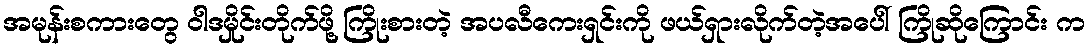
အမုန်းစကားတွေ ဝါဒမှိုင်းတိုက်ဖို့ ကြိုးစားတဲ့ အပလီကေးရှင်းကို ဖယ်ရှားလိုက်တဲ့အပေါ် ကြိုဆိုကြောင်း က